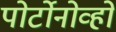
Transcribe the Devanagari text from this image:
पोर्टोनोव्हो